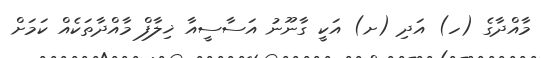
މާއްދާގެ (ހ) އަދި (ށ) އަކީ ގާނޫނު އަސާސީއާ ޚިލާފް މާއްދާތަކެއް ކަމަށް